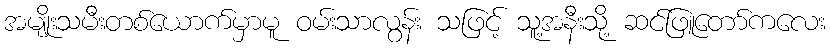
အမျိုးသမီးတစ်ယောက်မှာမူ ဝမ်းသာလွန်း သဖြင့် သူ့အနီးသို့ ဆင်ဖြူတော်ကလေး